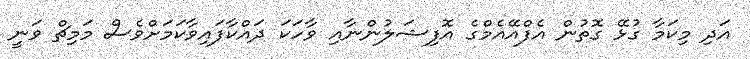
އަދި މިކަމާ ގުޅޭ ގޮތުން އެފްއޭއެމްގެ އޮފިޝަލުންނާއި ވާހަކަ ދައްކާފައިވާކަމަށްވެސް މަމިޗް ވަނީ